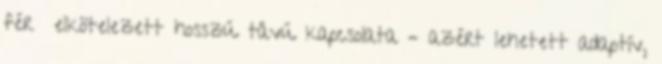
férﬁ elkötelezett hosszú távú kapcsolata – azért lehetett adaptív,